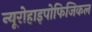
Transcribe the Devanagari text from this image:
न्यूरोहाइपोफिजिकल